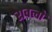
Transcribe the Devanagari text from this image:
रावलो